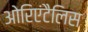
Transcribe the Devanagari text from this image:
ओरिएंटैलिस